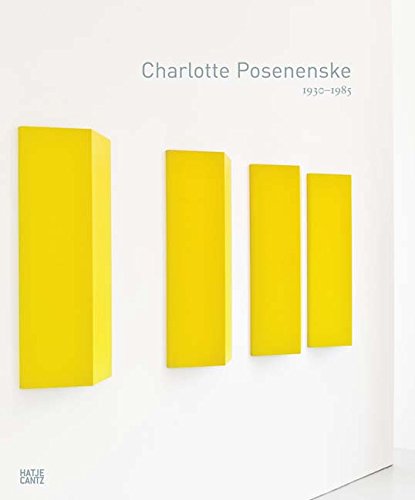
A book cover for Charlotte Posenenske: 1930-1985; Burkhard Brunn; Arts & Photography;